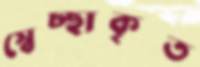
স্বেচ্ছাকৃত